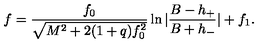
f = \frac { f _ { 0 } } { \sqrt { M ^ { 2 } + 2 ( 1 + q ) f _ { 0 } ^ { 2 } } } \ln | \frac { B - h _ { + } } { B + h _ { - } } | + f _ { 1 } .